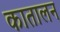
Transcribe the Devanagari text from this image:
कातालन